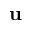
\mathbf { u }